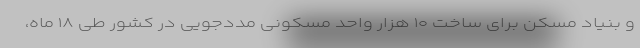
و بنیاد مسکن برای ساخت ۱۰ هزار واحد مسکونی مددجویی در کشور طی ۱۸ ماه،